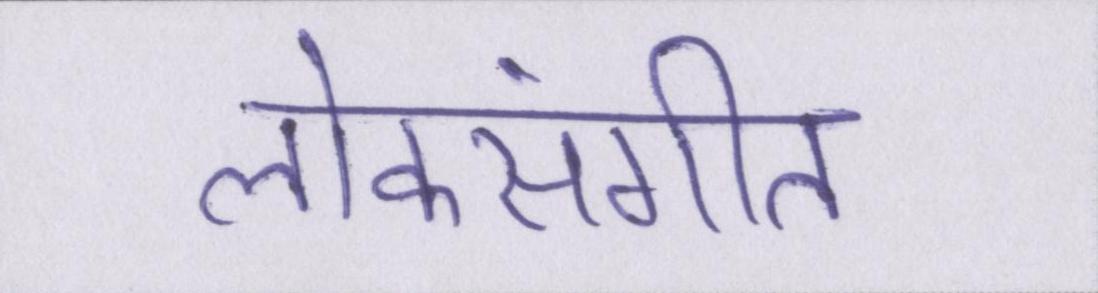
लोकसंगीत